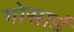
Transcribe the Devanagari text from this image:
गोसार्ड